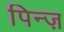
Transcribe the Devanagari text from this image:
पिन्ज़